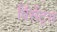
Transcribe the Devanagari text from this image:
विंसेंट्स